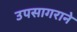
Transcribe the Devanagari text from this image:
उपसागराने